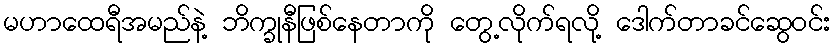
မဟာထေရီအမည်နဲ့ ဘိက္ခုနီဖြစ်နေတာကို တွေ့လိုက်ရလို့ ဒေါက်တာခင်ဆွေဝင်း